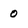
Character: 0